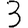
Digit: 3